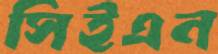
সিইএন